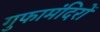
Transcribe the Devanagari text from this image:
गुफामंदिरों